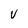
Character: V